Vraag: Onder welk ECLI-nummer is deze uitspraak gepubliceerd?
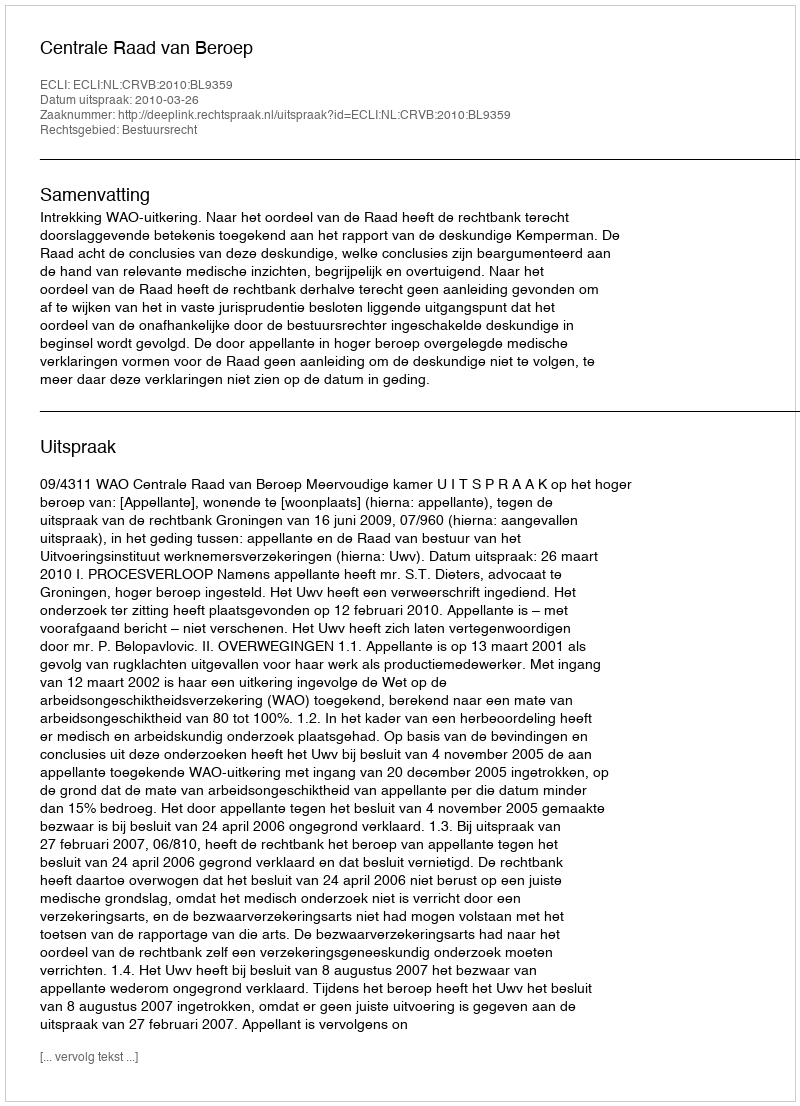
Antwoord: ECLI:NL:CRVB:2010:BL9359